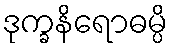
ဒုက္ခနိရောဓမ္ပိ